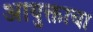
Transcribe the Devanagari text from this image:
आयुक्ताचा